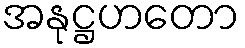
အနုဋ္ဌဟတော